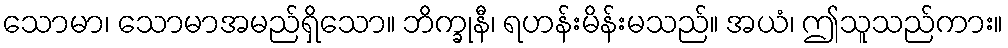
သောမာ၊ သောမာအမည်ရှိသော။ ဘိက္ခုနီ၊ ရဟန်းမိန်းမသည်။ အယံ၊ ဤသူသည်ကား။